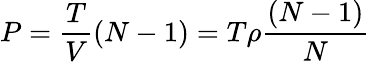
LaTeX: P=\frac{T}{V}(N-1)=T\rho\frac{(N-1)}{N}